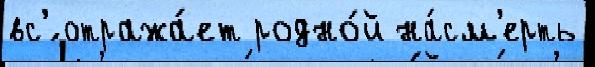
вс'́ отража́ет родно́й на́см'ерть